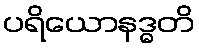
ပရိယောနဒ္ဓတိ